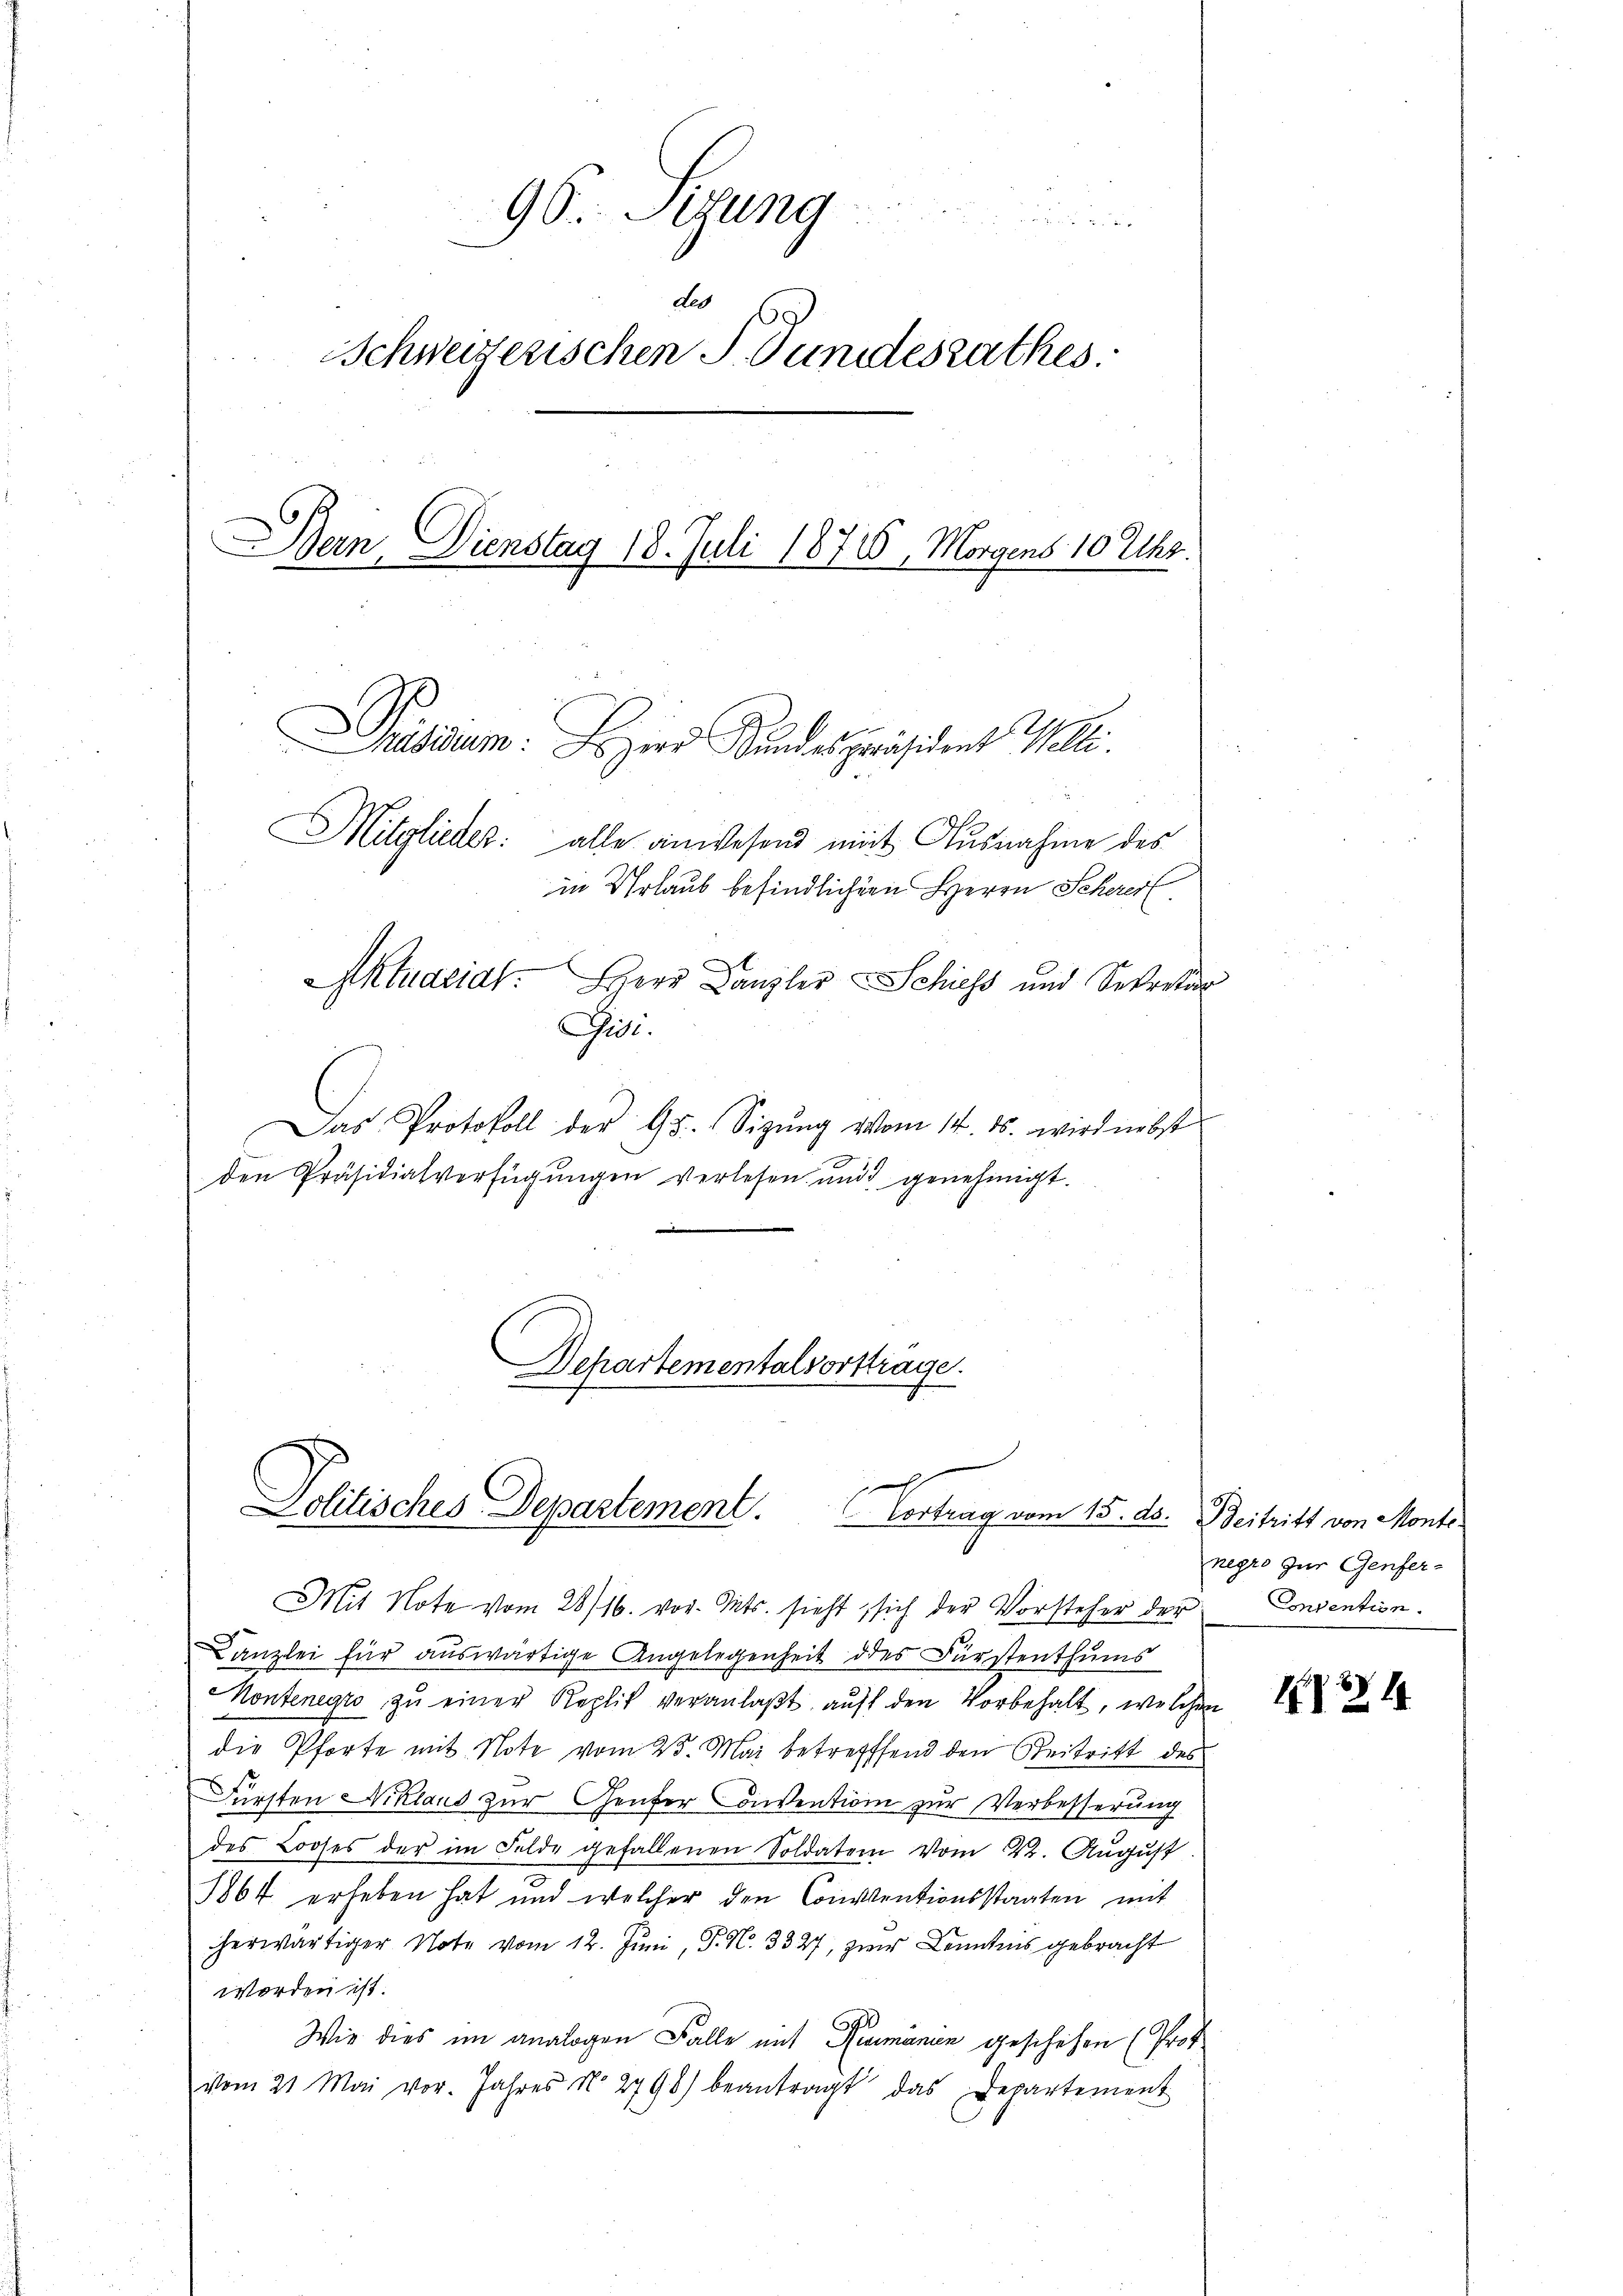
96. Sizung
u
Led
Schweizerischen S. Bundesrathes.
Bern, Dienstag 18. Juli 1876, Morgens 10 Uhr.

Mitglieder: alle anwesend mit Ausnahme des
in Urlaub befindlichen Herrn Scherer
Aktuarial. Herr Canzler & Schiess und Sekretär
Das Protokoll der 95. Sizŭng vom 14. ds. wird nebst
den Präsidialverfügungen verlesen und genehmigt.
.

Pusi

Brasium. Sozier Bundespräsident Wolli

Departementalvorttrage.

Mit Note vom 28/16. vor. Mts. sieht, sich der Vorsteher der Consention.
Kanzlei für auswärtige Angelegenheit des Fürstenthums
Montenegro zŭ einer Replit veranlaβt auff den Vorbehalt, welchen
die Pforte mit Note vom 23. Mai betreffend den Reitritt des
Fürsten Niklaus zur Genfer Convention zur Verbesserung
des Looses der im Felde gefallenen Soldaten vom 22. August
1864 erheben hat und welcher den Conventionsstaaten mit
herwärtiger Note vom 12. Juni, P. N. 3327, zur Kenntnis gebracht
worden ist.
.
Wie dies im analogen Falle mit Rumänien geschehen (Prot
vom 21. Mai vor. Jahres N. 2798) beantragt das Departement

Politisches Departement. Vortrag vom 15. ds. Beitritt von Monte

negro zur Genfer-

124